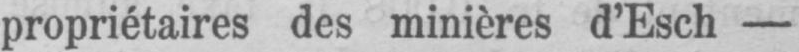
propriétaires des minières d’Esch-